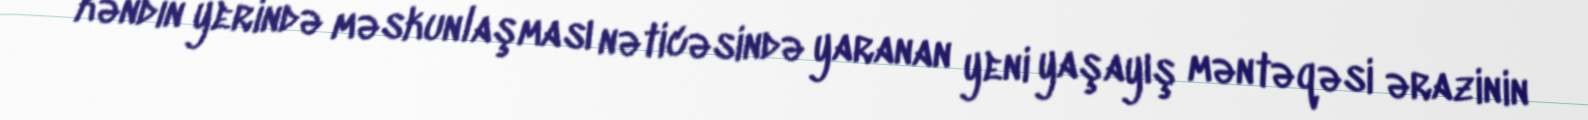
kəndin yerində məskunlaşması nəticəsində yaranan yeni yaşayış məntəqəsi ərazinin